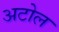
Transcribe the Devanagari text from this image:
अटोल